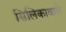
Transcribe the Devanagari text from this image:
सिलिकावाले